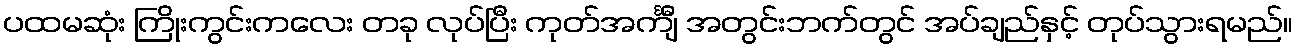
ပထမဆုံး ကြိုးကွင်းကလေး တခု လုပ်ပြီး ကုတ်အင်္ကျီ အတွင်းဘက်တွင် အပ်ချည်နှင့် တုပ်သွားရမည်။